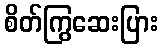
စိတ်ကြွဆေးပြား